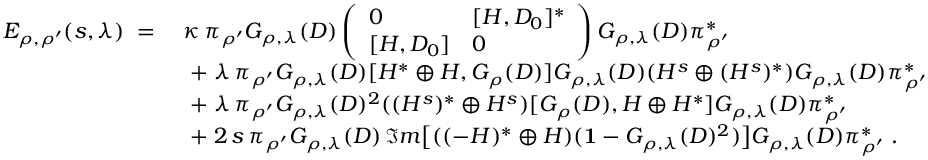
\begin{array} { r l } { E _ { \rho , \rho ^ { \prime } } ( s , \lambda ) \; = \; } & { \kappa \, \pi _ { \rho ^ { \prime } } G _ { \rho , \lambda } ( D ) \left( \begin{array} { l l } { 0 } & { [ H , D _ { 0 } ] ^ { * } } \\ { [ H , D _ { 0 } ] } & { 0 } \end{array} \right) G _ { \rho , \lambda } ( D ) \pi _ { \rho ^ { \prime } } ^ { * } } \\ & { \; + \; \lambda \, \pi _ { \rho ^ { \prime } } G _ { \rho , \lambda } ( D ) [ H ^ { * } \oplus H , G _ { \rho } ( D ) ] G _ { \rho , \lambda } ( D ) ( H ^ { s } \oplus ( H ^ { s } ) ^ { * } ) G _ { \rho , \lambda } ( D ) \pi _ { \rho ^ { \prime } } ^ { * } } \\ & { \; + \; \lambda \, \pi _ { \rho ^ { \prime } } G _ { \rho , \lambda } ( D ) ^ { 2 } ( ( H ^ { s } ) ^ { * } \oplus H ^ { s } ) [ G _ { \rho } ( D ) , H \oplus H ^ { * } ] G _ { \rho , \lambda } ( D ) \pi _ { \rho ^ { \prime } } ^ { * } } \\ & { \; + \; 2 \, s \, \pi _ { \rho ^ { \prime } } G _ { \rho , \lambda } ( D ) \, \Im m \big [ ( ( - H ) ^ { * } \oplus H ) ( { \bf 1 } - G _ { \rho , \lambda } ( D ) ^ { 2 } ) \big ] G _ { \rho , \lambda } ( D ) \pi _ { \rho ^ { \prime } } ^ { * } \; . } \end{array}